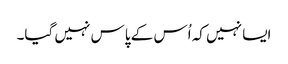
ایسا نہیں کہ اُس کے پاس نہیں گیا۔